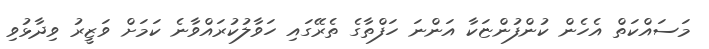
މަސައްކަތް އެހެން ކުންފުންޏަކާ އަންނަ ހަފްތާގެ ތެރޭގައި ހަވާލުކުރައްވާނެ ކަމަށް ވަޒީރު ވިދާޅުވި